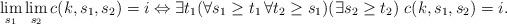
LaTeX: \begin{align*}\lim_{s_1} \lim_{s_2} c(k,s_1,s_2) = i \Leftrightarrow \exists t_1 (\forall s_1 \geq t_1 \, \forall t_2 \geq s_1) (\exists s_2 \geq t_2)~c(k,s_1,s_2) = i.\end{align*}